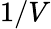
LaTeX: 1/V